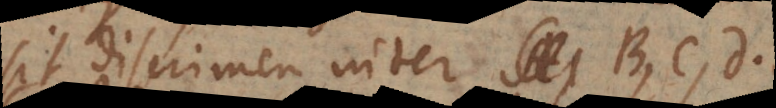
sit discrimen inter B, C, D.